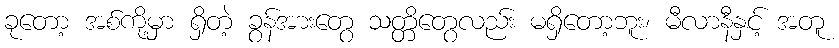
ခုတော့ အစ်ကို့မှာ ရှိတဲ့ ခွန်အားတွေ သတ္တိတွေလည်း မရှိတော့ဘူး၊ မီလာနီနှင့် အတူ